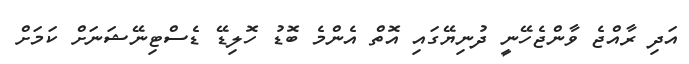
އަދި ރާއްޖެ ވާންޖެހޭނީ ދުނިޔޭގައި އޮތް އެންމެ ބޮޑު ހޮލިޑޭ ޑެސްޓިނޭޝަނަށް ކަމަށް